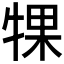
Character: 𬌡